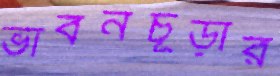
ভাবনচূড়ার